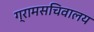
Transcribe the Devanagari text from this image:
ग्रामसचिवालय